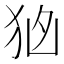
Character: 𭸂